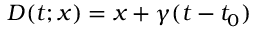
D ( t ; x ) = x + \gamma ( t - t _ { 0 } )